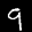
Label: 9